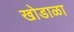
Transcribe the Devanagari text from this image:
खोडाळा